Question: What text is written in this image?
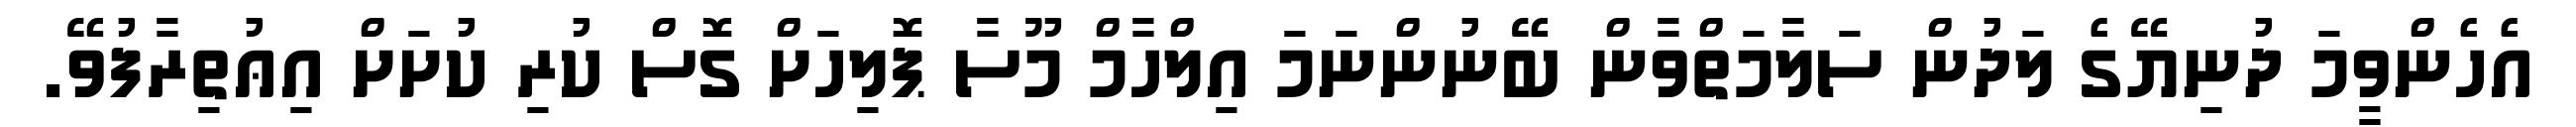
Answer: އެހެންވީމަ ދުނިޔޭގެ ލަދުން ސަލާމަތްވާން ބޭނުންނަމަ އިލްހާމް މޫސާ ޕޮލިހަށް ގޮސް ކުރި ކުށަށް އިޢުތިރާފުވޭ.